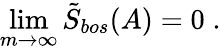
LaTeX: \operatorname*{lim}_{m\rightarrow\infty}\tilde{S}_{bos}(A)=0\; .